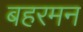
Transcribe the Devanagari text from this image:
बहरमन